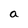
Character: a